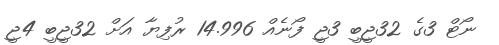
ނޯޓް 3ގެ 32ޖީބީ 3ޖީ ފޯނެއް 14.996 ރުފިޔާ އަށް 32ޖީބީ 4ޖީ